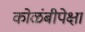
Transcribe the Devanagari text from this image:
कोळंबीपेक्षा